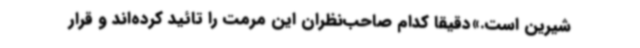
شیرین است.»دقیقاً کدام صاحب‌نظران این مرمت را تائید کرده‌اند و قرار